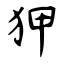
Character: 狎